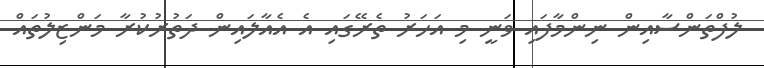
ލުފްތަންސާއިން ނިންމާފައި ވަނީ މި އަހަރު ތެރޭގައި އެ އެއާލައިން ދަތުރުކުރާ މަންޒިލުތައް